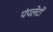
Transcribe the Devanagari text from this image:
पंपलेटों